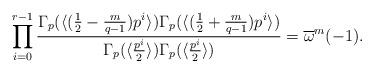
LaTeX: \begin{align*}\prod_{i=0}^{r-1}\frac{\Gamma_p(\langle(\frac{1}{2}-\frac{m}{q-1})p^i\rangle)\Gamma_p(\langle(\frac{1}{2}+\frac{m}{q-1})p^i\rangle)}{\Gamma_p(\langle\frac{p^i}{2}\rangle)\Gamma_p(\langle\frac{p^i}{2}\rangle)}=\overline{\omega}^m(-1).\end{align*}